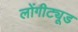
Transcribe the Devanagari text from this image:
लोंगीट्यूड